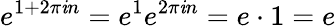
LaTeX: e^{1+2\pi\mathit{i}n}=e^{1}e^{2\pi\mathit{i}n}=e\cdot1=e